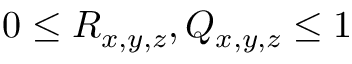
0 \leq R _ { x , y , z } , Q _ { x , y , z } \leq 1